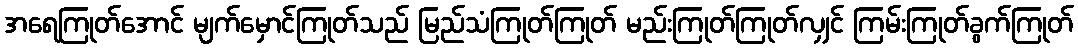
အရေကြုတ်အောင် မျက်မှောင်ကြုတ်သည် မြည်သံကြုတ်ကြုတ် မည်းကြုတ်ကြုတ်လျှင် ကြမ်းကြုတ်ခွက်ကြုတ်